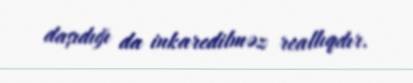
daşıdığı da inkaredilməz reallıqdır.